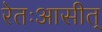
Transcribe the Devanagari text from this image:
रेतःआसीत्